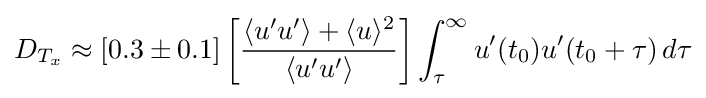
D_{T_{x}}\approx [0.3\pm 0.1]\left[{\frac {\langle u'u'\rangle +\langle u\rangle ^{2}}{\langle u'u'\rangle }}\right]\int _{\tau }^{\infty }u'(t_{0})u'(t_{0}+\tau )\,d\tau